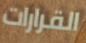
القرارات